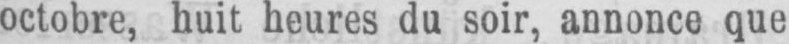
octobre, huit heures du soir, annonce que